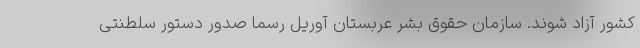
کشور آزاد شوند. سازمان حقوق بشر عربستان آوریل رسما صدور دستور سلطنتی